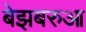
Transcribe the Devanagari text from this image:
बेझबरुआ